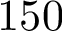
1 5 0